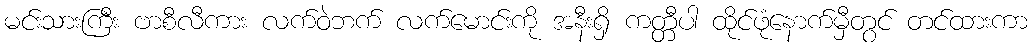
မင်းသားကြီး ဗာစီလီကား လက်ဝဲဘက် လက်မောင်းကို အနီးရှိ ကတ္တီပါ ထိုင်ဖုံနောက်မှီတွင် တင်ထားကာ